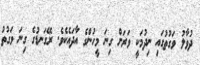
ދުވާލު ވަގުތުގައި ނިދުމަކީ ވަރަށް ގިނަ މީހުންގެ އާދައެކެވެ. ރޭގަނޑުގެ ގިނަ ވަގުތު